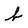
Character: b